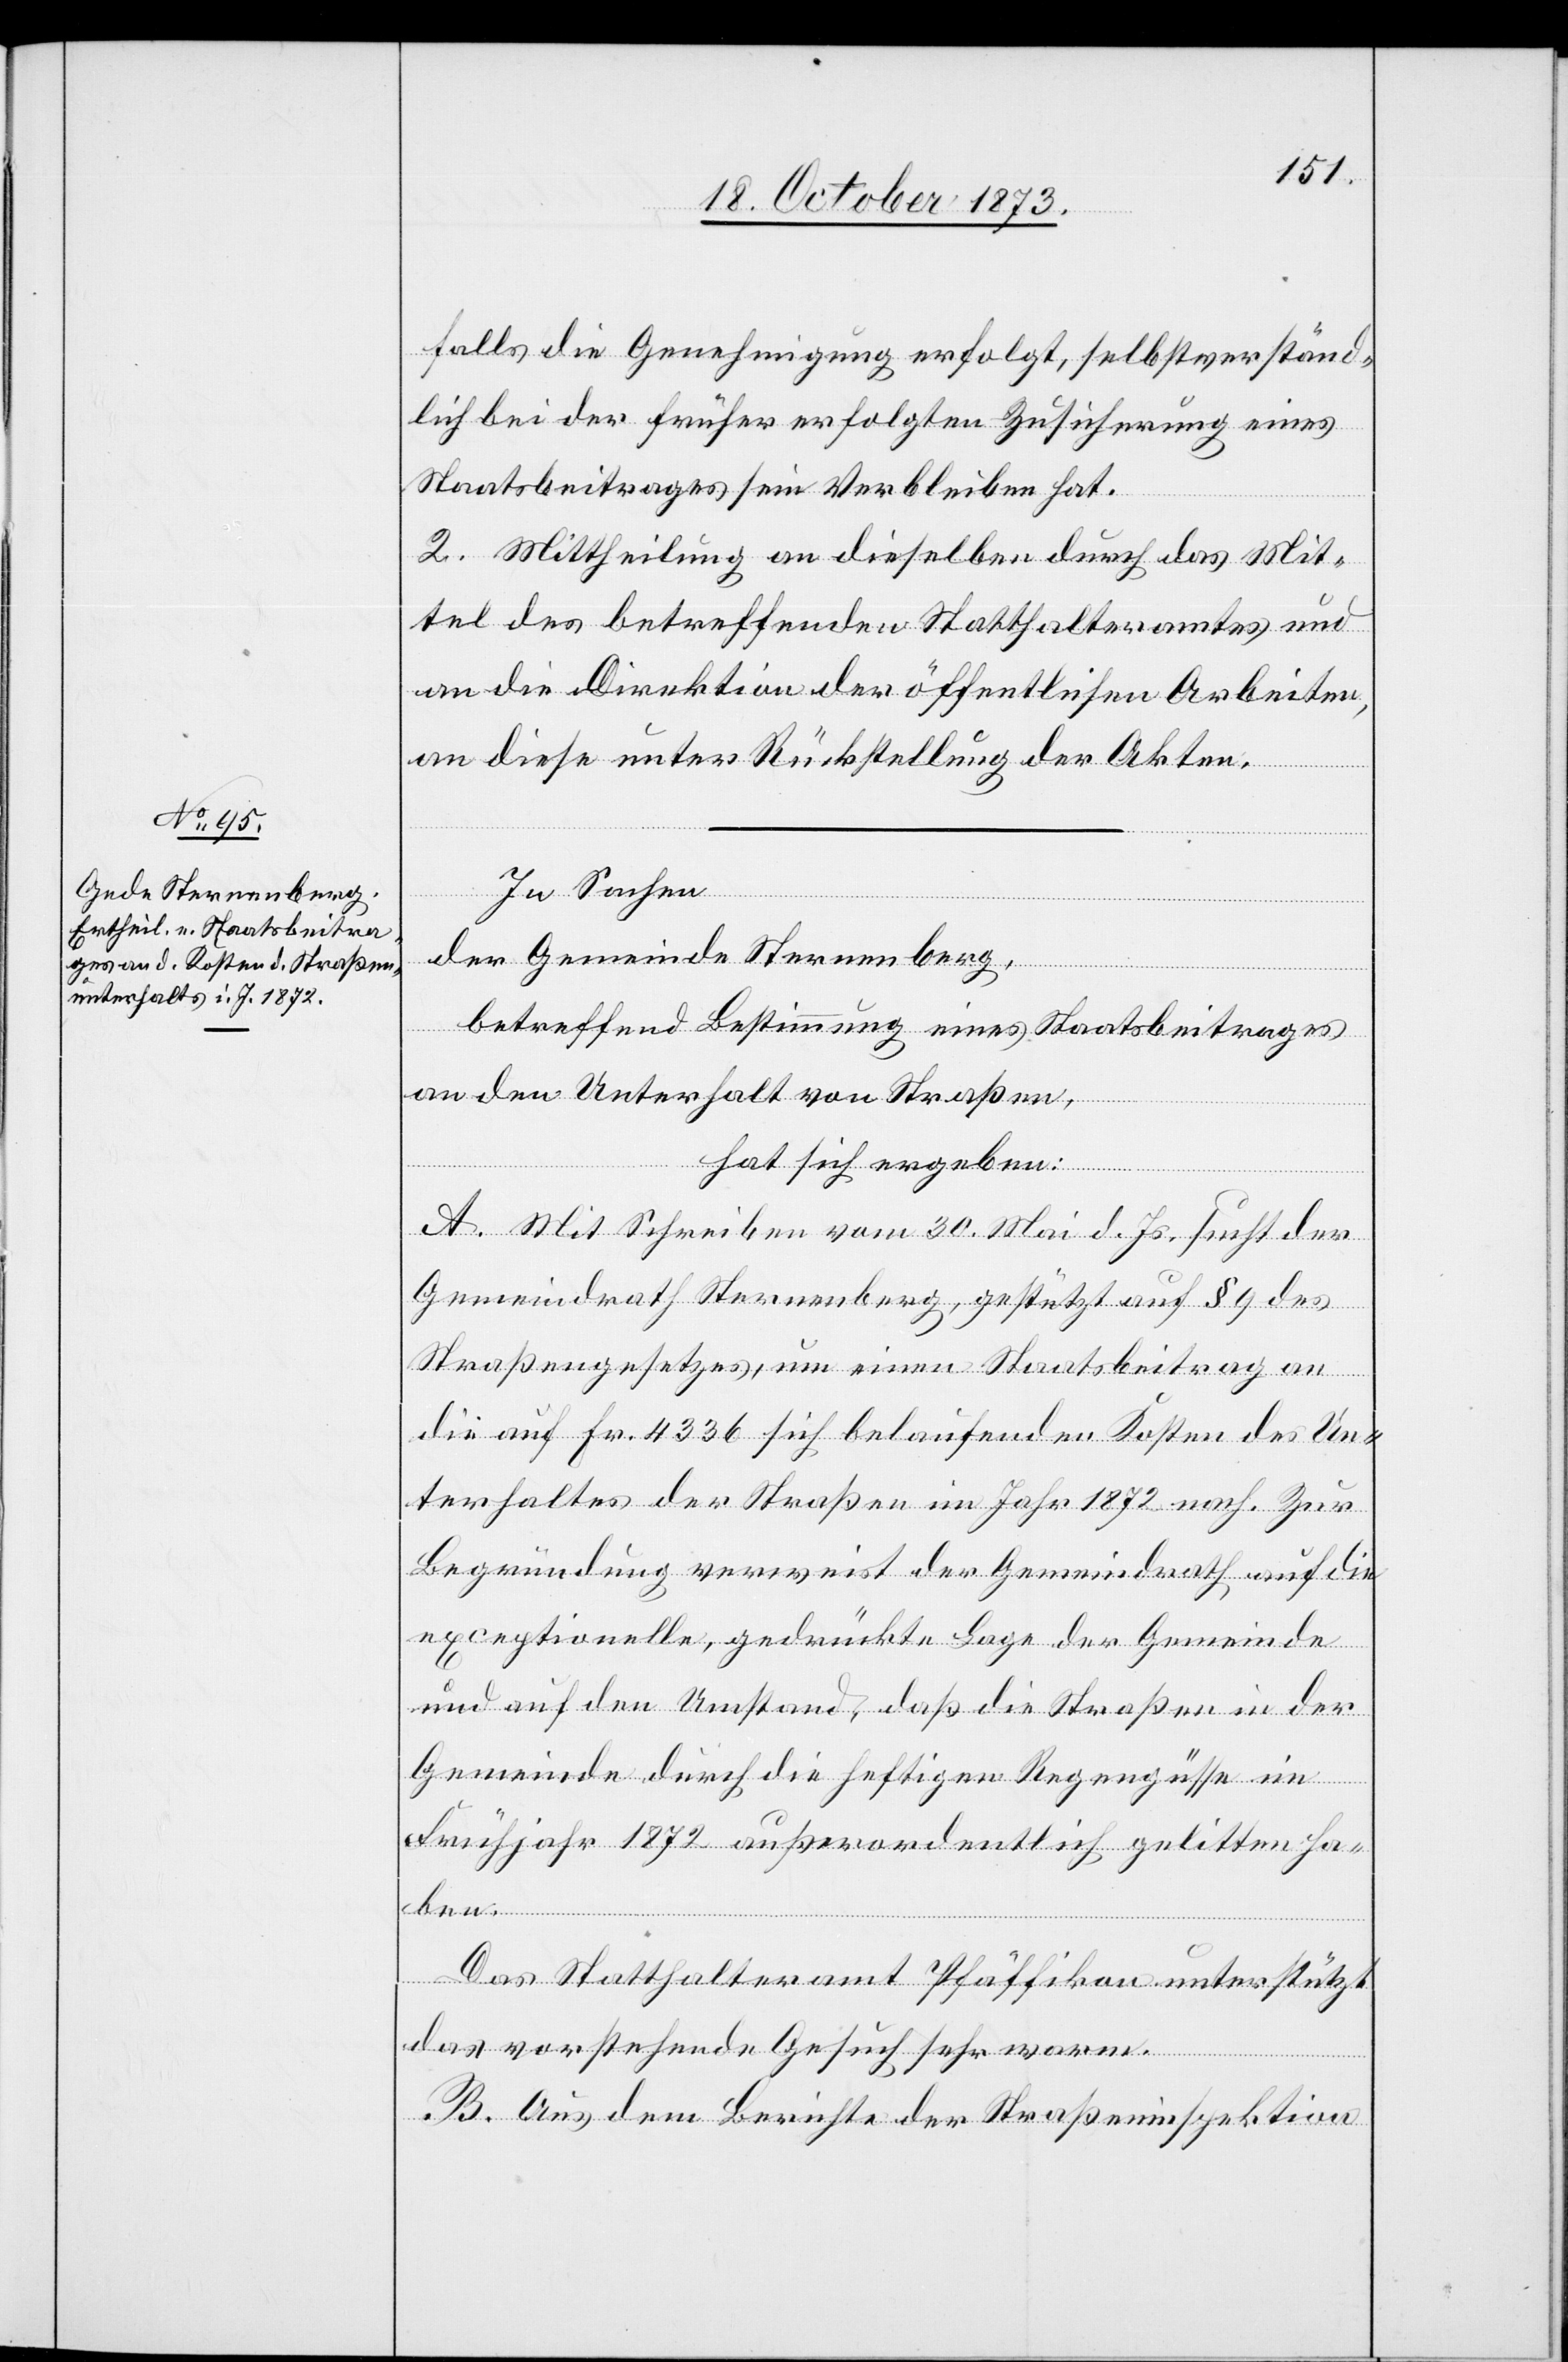
falls die Genehmigung erfolgt, selbstverständ¬
lich bei der früher erfolgten Zusicherung eines
Staatsbeitrages sein Verbleiben hat.
2. Mittheilung an dieselben durch das Mit¬
tel des betreffenden Statthalteramtes und
an die Direktion der öffentlichen Arbeiten,
an diese unter Rückstellung der Akten.
In Sachen
der Gemeinde Sternenberg,
betreffend Bestimmung eines Staatsbeitrages
an den Unterhalt von Straßen,
hat sich ergeben:
A. Mit Schreiben vom 30. Mai d. Js. sucht der
Gemeindrath Sternenberg, gestützt auf § 9 des
Straßengesetzes, um einen Staatsbeitrag an
die auf Fr. 4 336 sich belaufenden Kosten des Un¬
terhaltes der Straßen im Jahr 1872 nach. Zur
Begründung verweist der Gemeindrath auf die
exceptionelle, gedrückte Lage der Gemeinde
und auf den Umstand, daß die Straßen in der
Gemeinde durch die heftigen Regengüsse im
Frühjahr 1872 außerordentlich gelitten ha¬
ben.
Das Statthalteramt Pfäffikon unterstützt
das vorstehende Gesuch sehr warm.
B. Aus dem Berichte der Straßeninspektion